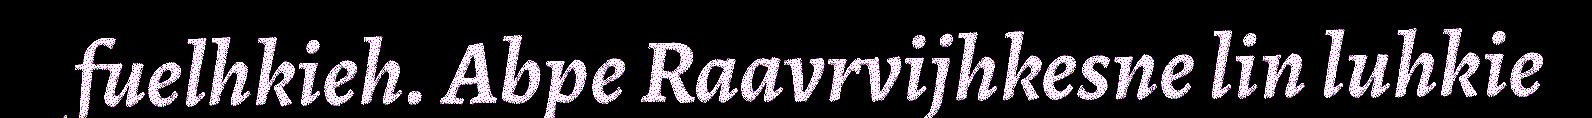
fuelhkieh. Abpe Raavrvijhkesne lin luhkie